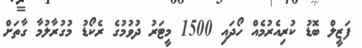
ފަޒީލް ބޮޑު ކުރިއެރުމެއް ހޯދައި 1500 މީޓަރު ދުވުމުގެ ރެކޯޑު މުގުރާލުމާ ގާތަށް